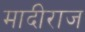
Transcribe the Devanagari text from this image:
मादीराज